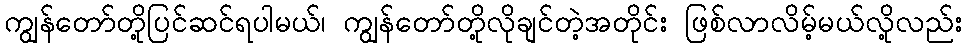
ကျွန်တော်တို့ပြင်ဆင်ရပါမယ်၊ ကျွန်တော်တို့လိုချင်တဲ့အတိုင်း ဖြစ်လာလိမ့်မယ်လို့လည်း